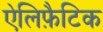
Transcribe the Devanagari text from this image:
ऐलिफ़ैटिक